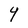
Character: Y